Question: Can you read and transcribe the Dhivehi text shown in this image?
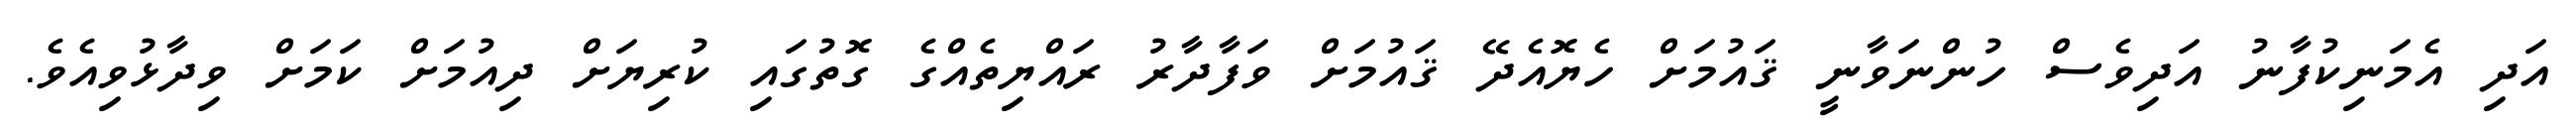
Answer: އަދި އެމަނިކުފާނު އަދިވެސް ހުންނަވާނީ ޤައުމަށް ހެޔޮއެދޭ ޤައުމަށް ވަފާދާރު ރައްޔިތެއްގެ ގޮތުގައި ކުރިޔަށް ދިއުމަށް ކަމަށް ވިދާޅުވިއެވެ.